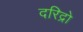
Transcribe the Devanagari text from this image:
दरिद्रो